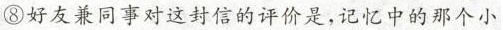
⑧好友兼同事对这封信的评价是，记忆中的南哥小